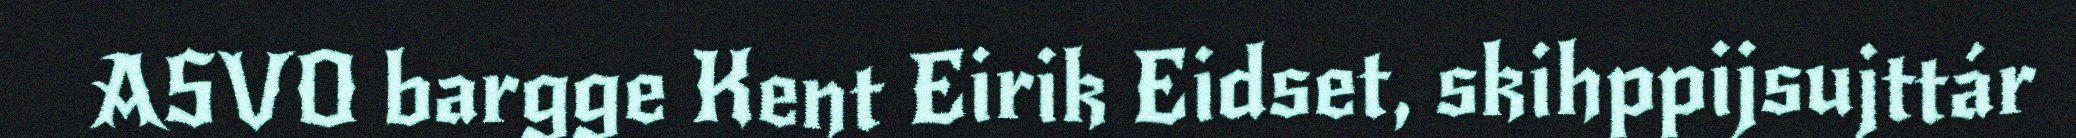
ASVO bargge Kent Eirik Eidset, skihppijsujttár